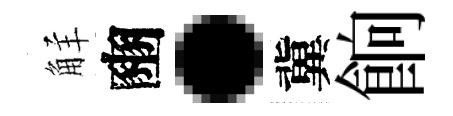
觧豳·冀餉